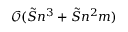
\mathcal O ( \tilde { S } n ^ { 3 } + \tilde { S } n ^ { 2 } m )